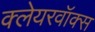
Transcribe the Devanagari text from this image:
क्लेयरवॉक्स